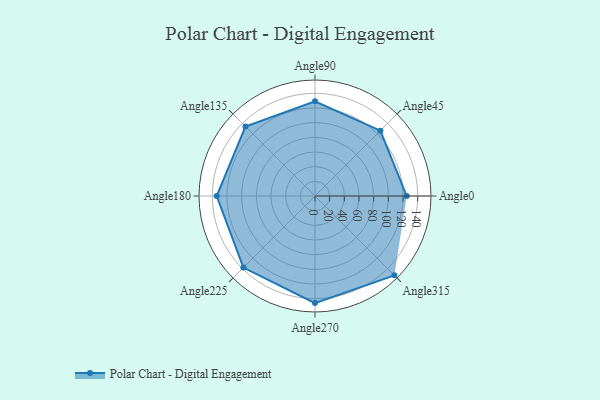
{"axis": {"x": "Angle", "y": "Radius"}, "legend": [""], "data": [{"x": "Angle0", "y": 125.0, "type": ""}, {"x": "Angle45", "y": 126.0, "type": ""}, {"x": "Angle90", "y": 129.0, "type": ""}, {"x": "Angle135", "y": 134.0, "type": ""}, {"x": "Angle180", "y": 134.0, "type": ""}, {"x": "Angle225", "y": 138.0, "type": ""}, {"x": "Angle270", "y": 146.0, "type": ""}, {"x": "Angle315", "y": 153.0, "type": ""}]}